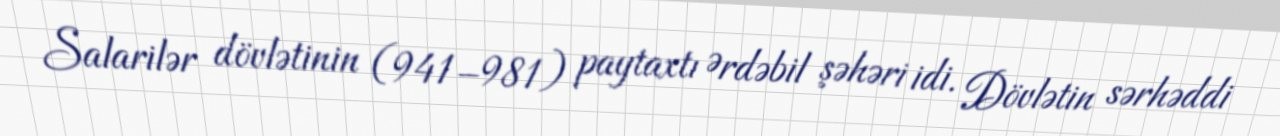
Salarilər dövlətinin (941–981) paytaxtı Ərdəbil şəhəri idi. Dövlətin sərhəddi